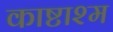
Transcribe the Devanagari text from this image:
काष्टाश्म